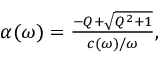
\begin{array} { r } { \alpha ( \omega ) = \frac { - Q + \sqrt { Q ^ { 2 } + 1 } } { { c ( \omega ) } / { \omega } } , } \end{array}